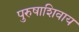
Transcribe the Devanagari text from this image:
पुरुषाशिवाय